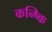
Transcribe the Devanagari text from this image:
कन्ष्कि